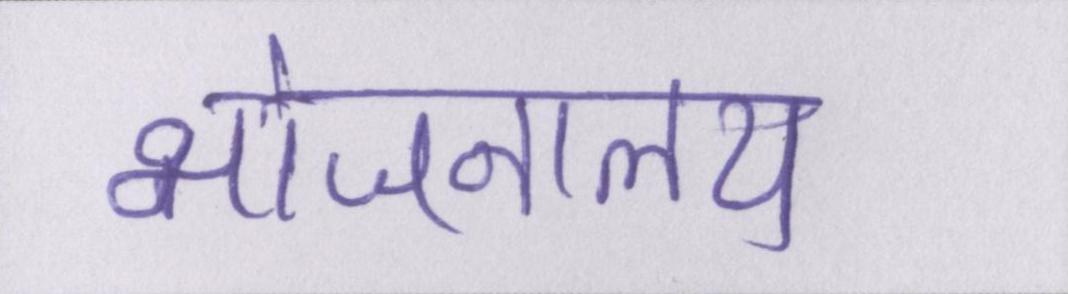
भोजनालय